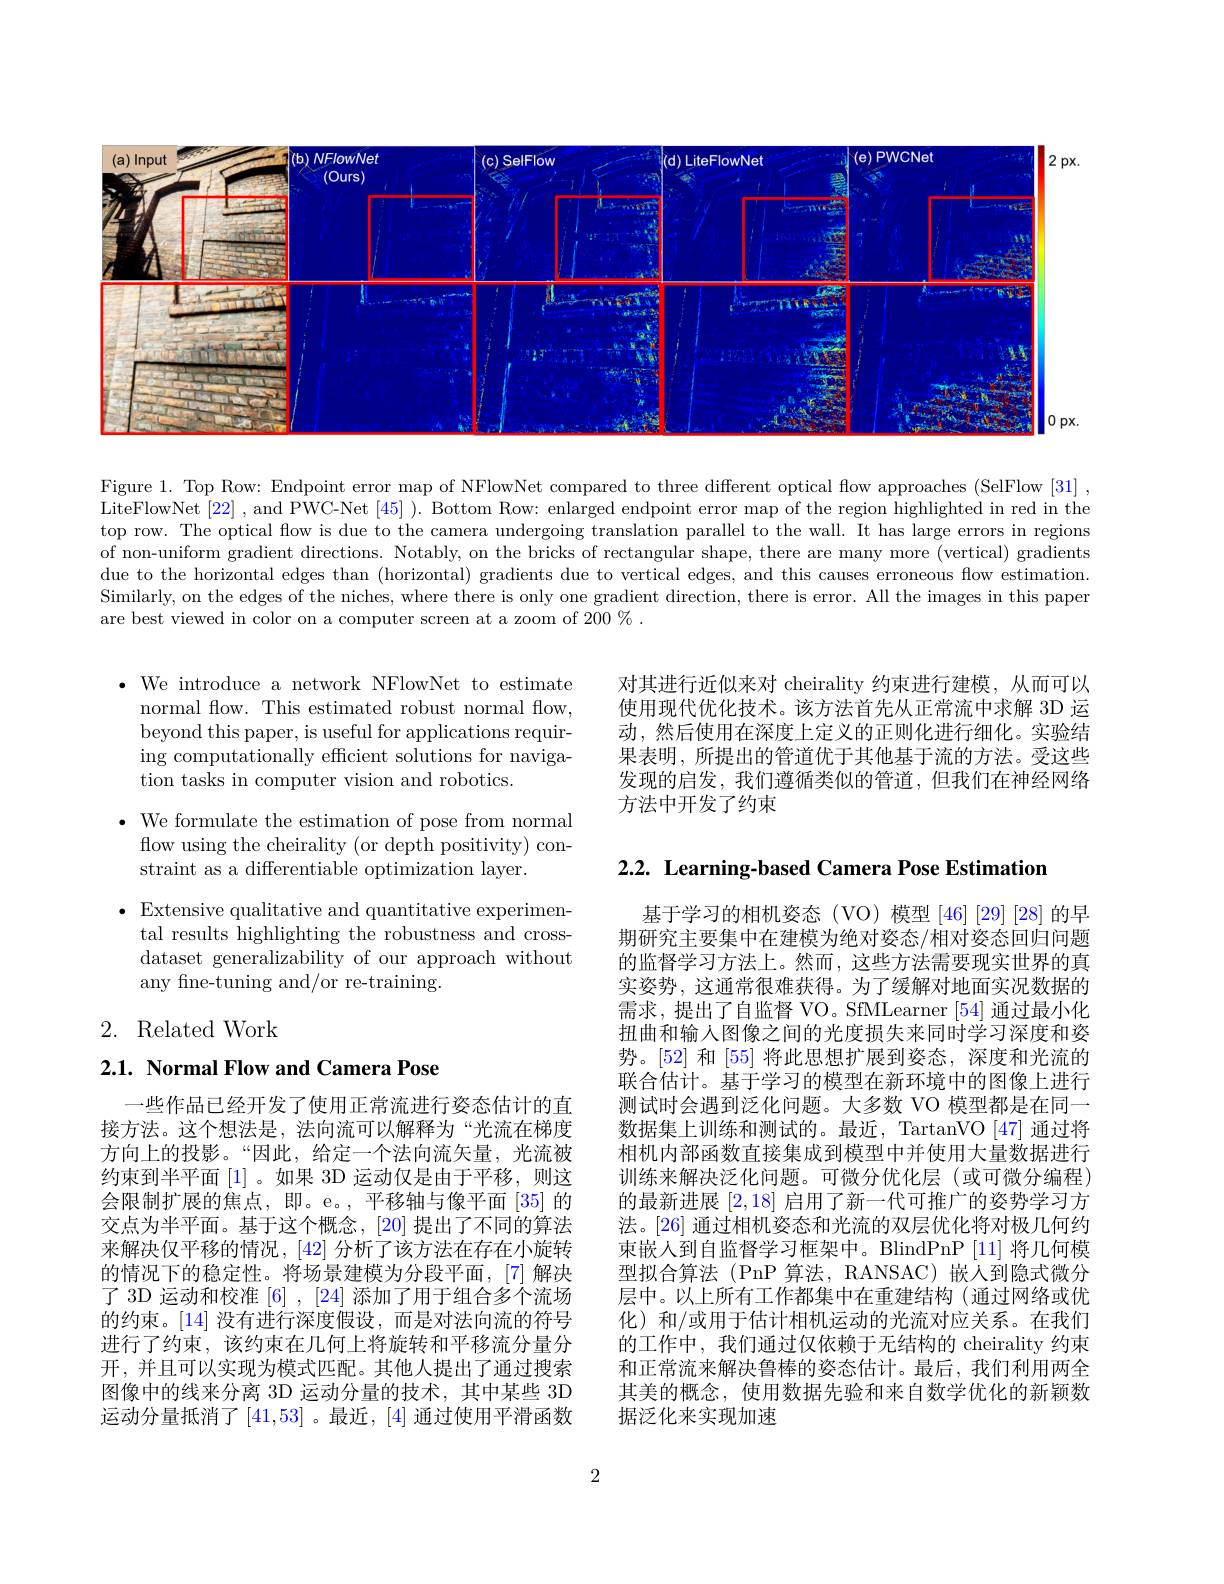
<FigureHere>

Figure 1. Top Row: Endpoint error map of NFlowNet compared to three different optical flow approaches (SelFlow [31] , LiteFlowNet [22] , and PWC-Net [45] ). Bottom Row: enlarged endpoint error map of the region highlighted in red in the top row. The optical flow is due to the camera undergoing translation parallel to the wall. It has large errors in regions of non-uniform gradient directions. Notably, on the bricks of rectangular shape, there are many more (vertical) gradients due to the horizontal edges than (horizontal) gradients due to vertical edges, and this causes erroneous flow estimation. Similarly, on the edges of the niches, where there is only one gradient direction, there is error. All the images in this paper are best viewed in color on a computer screen at a zoom of 200 %

$\cdot$ We introduce a network NFlowNet to estimate
normal flow. This estimated robust normal flow, beyond this paper, is useful for applications requiring computationally efficient solutions for naviga- $\bar{\text{tion tasks in computer vision and robotics.}}$

$\bullet$ We formulate the estimation of pose from normal
flow using the cheirality (or depth positivity) con-
straint as a differentiable optimization layer.

$\bullet$ Extensive qualitative and quantitative experimen-
tal results highlighting the robustness and crossdataset generalizability of our approach without any fine-tuning and/or re-training.

2. Related Work

$2. 1. \textbf{ Normal Flow and Camera Pose}$

一些作品已经开发了使用正常流进行姿态估计的直接方法。这个想法是，法向流可以解释为“光流在梯度方向上的投影。“因此，给定一个法向流矢量，光流被约束到半平面[1]。如果 3D 运动仅是由于平移，则这会限制扩展的焦点，即。e。,平移轴与像平面[35]的交点为半平面。基于这个概念，[20] 提出了不同的算法来解决仅平移的情况，[42] 分析了该方法在存在小旋转的情况下的稳定性。将场景建模为分段平面，[7] 解决了 3D 运动和校准 [6] , [24] 添加了用于组合多个流场的约束。[14] 没有进行深度假设，而是对法向流的符号进行了约束，该约束在几何上将旋转和平移流分量分开，并且可以实现为模式匹配。其他人提出了通过搜索图像中的线来分离 3D 运动分量的技术，其中某些 3D 运动分量抵消了[41,53]。最近，[4] 通过使用平滑函数

对其进行近似来对 cheirality 约束进行建模，从而可以使用现代优化技术。该方法首先从正常流中求解 3D 运动，然后使用在深度上定义的正则化进行细化。实验结果表明，所提出的管道优于其他基于流的方法。受这些发现的启发，我们遵循类似的管道，但我们在神经网络方法中开发了约束

2.2. Learning-based Camera Pose Estimation

基于学习的相机姿态(VO)模型[46][29][28]的早期研究主要集中在建模为绝对姿态/相对姿态回归问题的监督学习方法上。然而，这些方法需要现实世界的真实姿势，这通常很难获得。为了缓解对地面实况数据的需求，提出了自监督 VO。SfMLearner [54]通过最小化扭曲和输人图像之间的光度损失来同时学习深度和姿势。[52] 和 [55] 将此思想扩展到姿态，深度和光流的联合估计。基于学习的模型在新环境中的图像上进行测试时会遇到泛化问题。大多数 VO 模型都是在同一数据集上训练和测试的。最近，TartanVO [47] 通过将相机内部函数直接集成到模型中并使用大量数据进行训练来解决泛化问题。可微分优化层(或可微分编程) 的最新进展[2,18]启用了新一代可推广的姿势学习方法。[26] 通过相机姿态和光流的双层优化将对极几何约束嵌人到自监督学习框架中。BlindPnP [11]将几何模型拟合算法(PnP 算法，RANSAC)嵌人到隐式微分层中。以上所有工作都集中在重建结构(通过网络或优化)和/或用于估计相机运动的光流对应关系。在我们的工作中，我们通过仅依赖于无结构的 cheirality 约束和正常流来解决鲁棒的姿态估计。最后，我们利用两全其美的概念，使用数据先验和来自数学优化的新颖数据泛化来实现加速

2